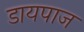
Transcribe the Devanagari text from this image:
डायपाज